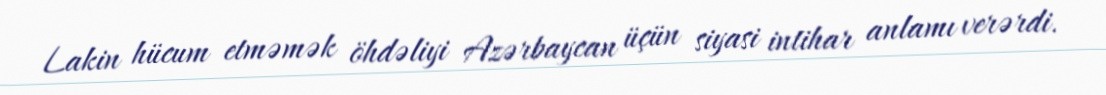
Lakin hücum etməmək öhdəliyi Azərbaycan üçün siyasi intihar anlamı verərdi.